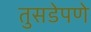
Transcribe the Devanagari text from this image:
तुसडेपणे